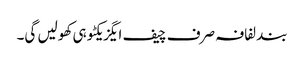
بند لفافہ صرف چیف ایگزیکٹو ہی کھولیں گی۔